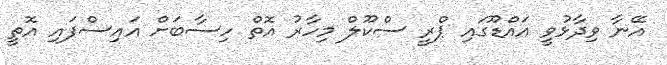
އޭނާ ވިދާޅުވީ އައްޑޫގައި ޕްރީ ސްކޫލް މިހާރު އޮތް ހިސާބަށް އައިސްފައި އޮތީ